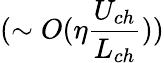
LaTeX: (\sim O(\eta\frac{U_{ch}}{L_{ch}}))